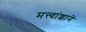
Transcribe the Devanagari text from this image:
मत्त्वांशानें